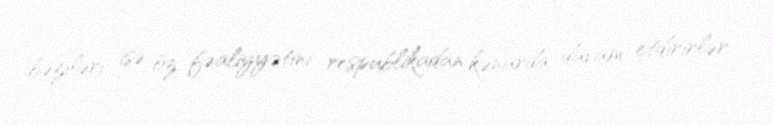
bəziləri isə öz fəaliyyətini respublikadan kənarda davam etdirirlər.